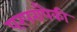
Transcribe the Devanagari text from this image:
परंपरांपैकी